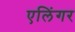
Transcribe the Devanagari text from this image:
एलिंगर